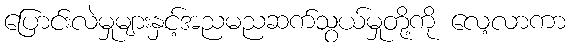
ပြောင်းလဲမှုများနှင့်အညမညဆက်သွယ်မှုတို့ကို လေ့လာကာ